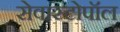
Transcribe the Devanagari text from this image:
सेवास्टोपॉल